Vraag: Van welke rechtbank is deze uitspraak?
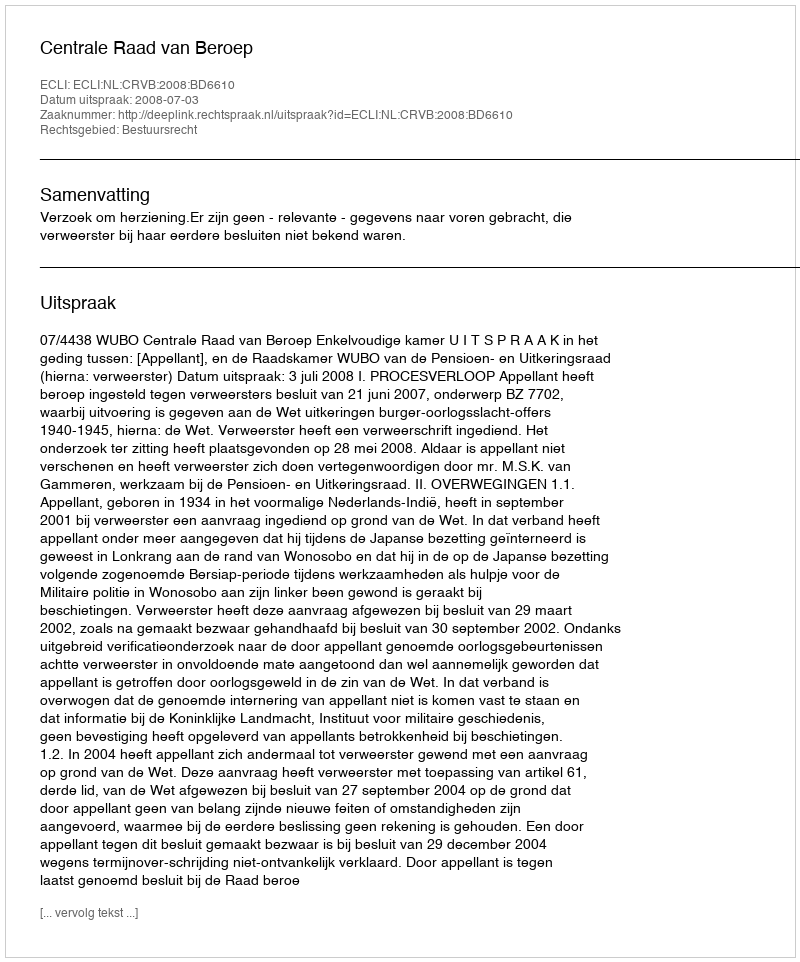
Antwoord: Centrale Raad van Beroep